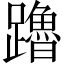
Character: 𬧙